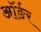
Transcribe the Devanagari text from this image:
ऑर्ङर